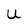
Character: U